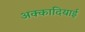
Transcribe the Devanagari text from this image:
अक्कादियाई